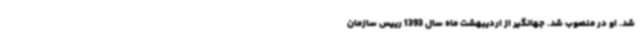
شد. او در منصوب شد. جهانگیر از اردیبهشت ماه سال 1393 رییس سازمان